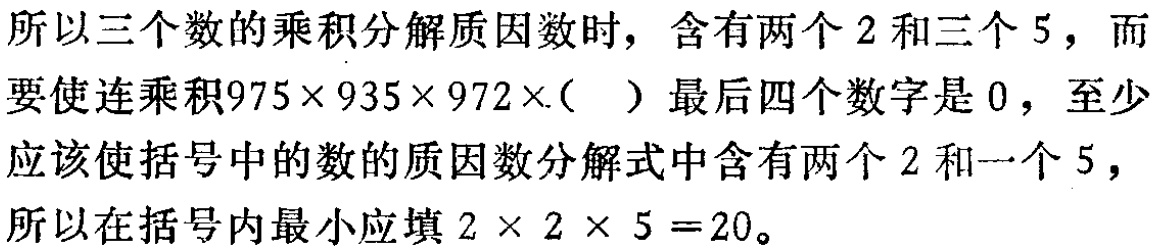
所以三个数的乘积分解质因数时，含有两个 \(2\) 和三个 \(5\)，而要使连乘积\(975\times 935\times 972\times(\space)\)最后四个数字是 \(0\)，至少应该使括号中的数的质因数分解式中含有两个 \(2\) 和一个 \(5\)，所以在括号内最小应填 \(2\times 2\times 5 = 20\)。